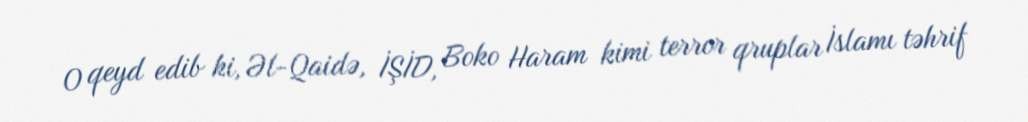
O qeyd edib ki, Əl-Qaidə, İŞİD, Boko Haram kimi terror qruplar İslamı təhrif